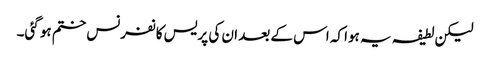
لیکن لطیفہ یہ ہوا کہ اس کے بعد ان کی پریس کانفرنس ختم ہو گئی۔